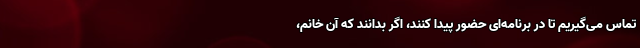
تماس می‌گیریم تا در برنامه‌ای حضور پیدا کنند، اگر بدانند که آن خانم،